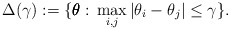
\begin{align*}\Delta(\gamma):=\{\pmb{\theta}:\, \max_{i,j}|\theta_i-\theta_j|\le \gamma\}.\end{align*}